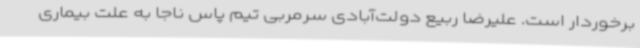
برخوردار است. علیرضا ربیع دولت‌آبادی سرمربی تیم پاس ناجا به علت بیماری